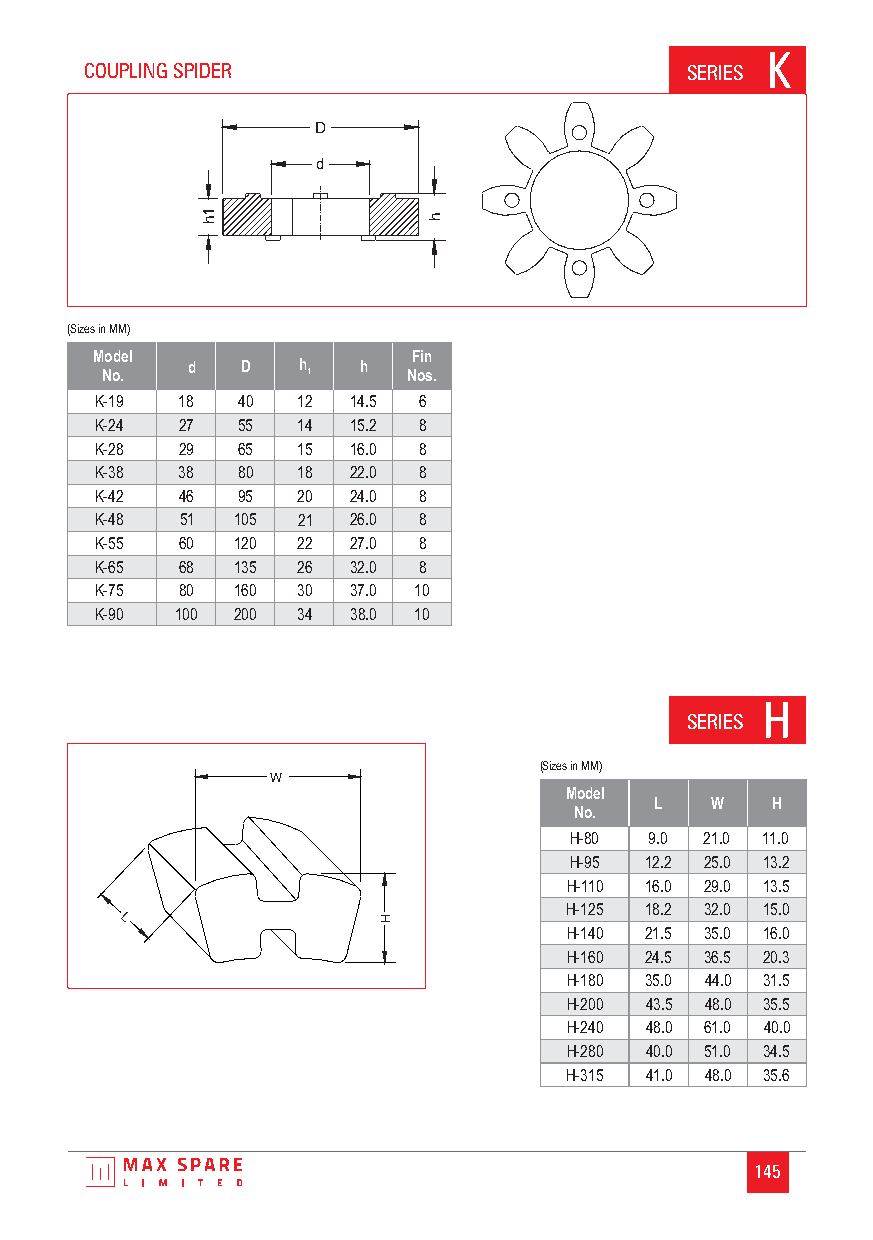
K
 COUPLING SPIDER                        SERIES
 D
 d
 h1             h
 (Sizes in MM)
 Model                Fin
 d   D   h   h
 No.          1      Nos.
 K-19  18  40  12 14.5 6
 K-24  27  55  14 15.2 8
 K-28  29  65  15 16.0 8
 K-38  38  80  18 22.0 8
 K-42  46  95  20 24.0 8
 K-48  51 105  21 26.0 8
 K-55  60 120  22 27.0 8
 K-65  68 135  26 32.0 8
 K-75  80 160  30 37.0 10
 K-90  100 200 34 38.0 10
 H
 SERIES
 (Sizes in MM)
 W
 Model
 L   W   H
 No.
 H-80 9.0 21.0 11.0
 H-95 12.2 25.0 13.2
 H-110 16.0 29.0 13.5
 H-125 18.2 32.0 15.0
 L                H
 H-140 21.5 35.0 16.0
 H-160 24.5 36.5 20.3
 H-180 35.0 44.0 31.5
 H-200 43.5 48.0 35.5
 H-240 48.0 61.0 40.0
 H-280 40.0 51.0 34.5
 H-315 41.0 48.0 35.6
 145